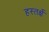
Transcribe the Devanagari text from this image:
हस्तर्क्षे